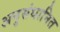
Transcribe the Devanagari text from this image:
अनुसंधानित